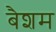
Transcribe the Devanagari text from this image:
बैशम